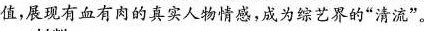
值，展现有血有肉的真实人物情感，成为综艺界的”清流”。